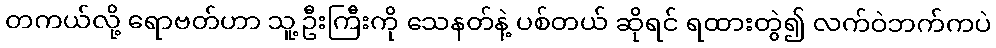
တကယ်လို့ ရောဗတ်ဟာ သူ့ဦးကြီးကို သေနတ်နဲ့ ပစ်တယ် ဆိုရင် ရထားတွဲ၍ လက်ဝဲဘက်ကပဲ